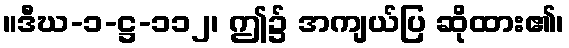
။ဒီဃ-၁-ဋ္ဌ-၁၁၂၊ ဤ၌ အကျယ်ပြ ဆိုထား၏၊